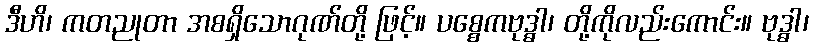
ဒီဟိ၊ ကတညုတာ အစရှိသောဂုဏ်တို့ ဖြင့်။ ပစ္စေကဗုဒ္ဓါ၊ တို့ကိုလည်းကောင်း။ ဗုဒ္ဓါ၊